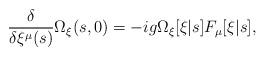
LaTeX: \begin{align*}\frac{\delta}{\delta \xi^\mu(s)} \Omega_\xi(s,0) = -ig \Omega_\xi[\xi|s] F_\mu[\xi|s],\end{align*}